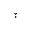
\widecheck { \cdot }